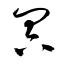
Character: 冥